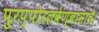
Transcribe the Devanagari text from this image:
पुरप्पोरलवेण्बामालै।